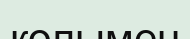
колымен